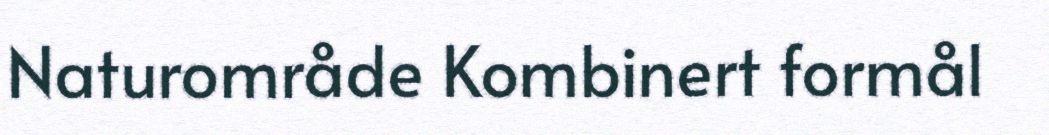
Naturområde Kombinert formål